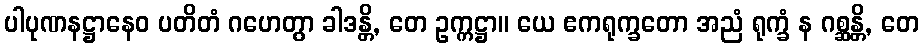
ပါပုဏနဋ္ဌာနေဝ ပတိတံ ဂဟေတွာ ခါဒန္တိ, တေ ဥက္ကဋ္ဌာ။ ယေ ဧကရုက္ခတော အညံ ရုက္ခံ န ဂစ္ဆန္တိ, တေ